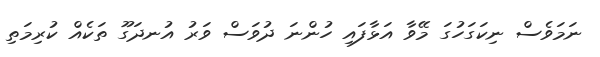
ނަމަވެސް ނިކަގަހުގަ މޭވާ އަޅާފައި ހުންނަ ދުވަސް ވަރު އުނދަގޫ ތަކެއް ކުރިމަތި